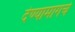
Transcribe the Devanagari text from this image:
देण्यामागचे